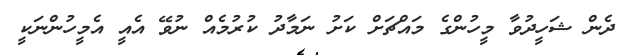
ދެން ޝަހީދުވާ މީހުންގެ މައްޗަށް ކަށު ނަމާދު ކުރުމެއް ނުވޭ އެއީ އެމީހުންނަކީ